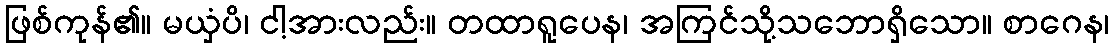
ဖြစ်ကုန်၏။ မယှံပိ၊ ငါ့အားလည်း။ တထာရူပေန၊ အကြင်သို့သဘောရှိသော။ စာဂေန၊